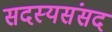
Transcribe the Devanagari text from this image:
सदस्यसंसद